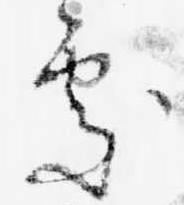
処